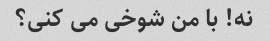
نه! با من شوخی می کنی؟